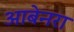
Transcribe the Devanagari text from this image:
आबेनरा